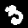
Digit: 3